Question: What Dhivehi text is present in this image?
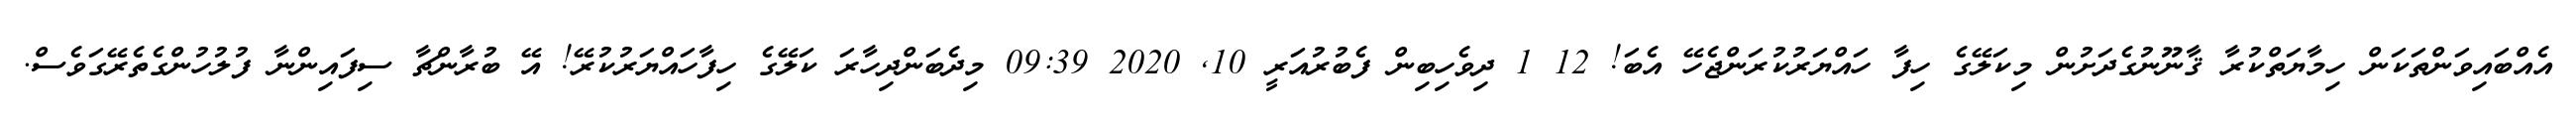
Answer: އެއްބައިވަންތަކަން ހިމާޔަތްކުރާ ޤާނޫނުގެދަށުން މިކަލޭގެ ހިފާ ހައްޔަރުކުރަންޖެހޭ އެބަ! 12 1 ދިވެހިބިން ފެބުރުއަރީ 10, 2020 09:39 މިދެބަންދިހާރަ ކަލޭގެ ހިފާހައްޔަރުކުރޭ! އޭ ބުރާންޗާ ސިފައިންނާ ފުލުހުންގެތެރޭގަވެސް.